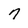
Character: 7